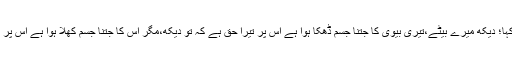
بوڑھے نے اپنی بات جاری رکھتے ہوئے کہا؛ دیکھ میرے بیٹے،تیری بیوی کا جتنا جسم ڈھکا ہوا ہے اس پر تیرا حق ہے کہ تو دیکھ،مگر اس کا جتنا جسم کھلا ہوا ہے اس پر تو ہم سب عوام کا حق بنتا ہے کہ ہم دیکھیں۔